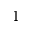
1